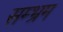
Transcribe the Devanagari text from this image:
सम्भ्रम